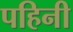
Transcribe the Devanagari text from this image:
पहिनी